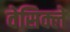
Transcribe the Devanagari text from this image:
वेसिक्ले